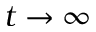
t \to \infty